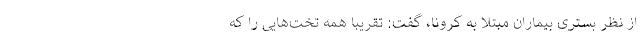
از نظر بستری بیماران مبتلا به کرونا، گفت: تقریبا همه تخت‌هایی را که